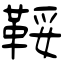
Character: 鞖